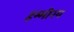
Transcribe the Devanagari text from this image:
हम्मीरय